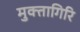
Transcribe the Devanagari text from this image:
मुक्तागिरि